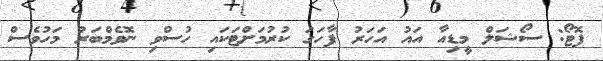
ފޮޓޯ: ސޯޝަލް މީޑިއާ އައު އަހަރު ފާހަގަ ކުރުމަށްޓަކައި ހުސްވި ނޮވެމްބަރު މަހުވެސް